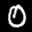
Label: 0